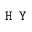
\texttt { H Y }